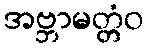
အဗ္ဘာမတ္တံဝ